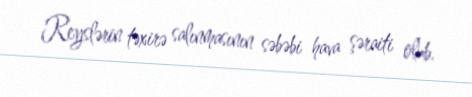
Reyslərin təxirə salınmasının səbəbi hava şəraiti olub.